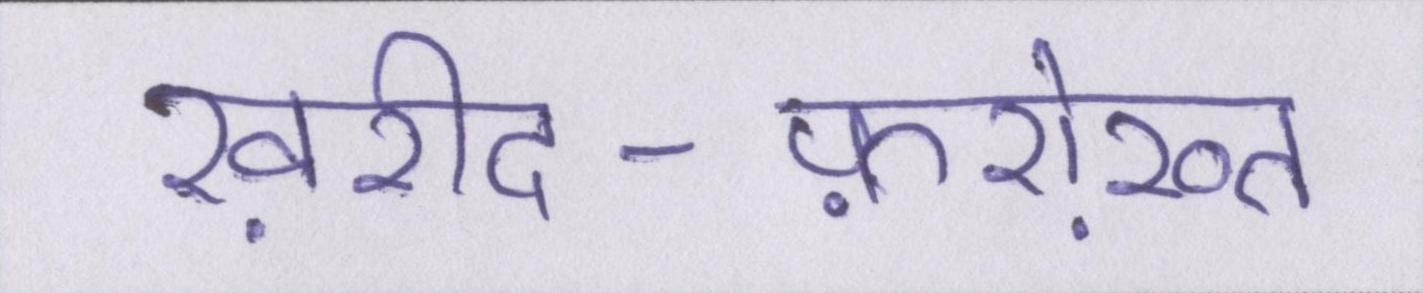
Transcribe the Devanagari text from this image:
ख़रीद-फ़रोख़्त